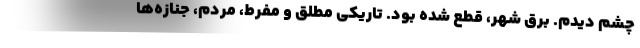
چشم ديدم. برق شهر، قطع شده بود. تاريكي مطلق و مفرط، مردم، جنازه‌ها